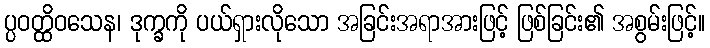
ပ္ပဝတ္ထိဝသေန၊ ဒုက္ခကို ပယ်ရှားလိုသော အခြင်းအရာအားဖြင့် ဖြစ်ခြင်း၏ အစွမ်းဖြင့်။